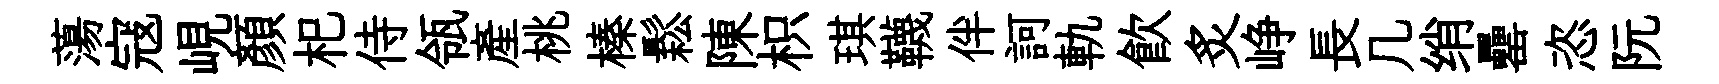
蕩寇峴顏𣏌侍瓴産桃榛鬆陳枳琪韈伴訶軌飲炙峥長几绡罍恣阮